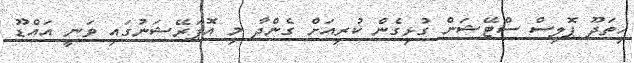
ހިތަދޫ ޕޮލިސް ސްޓޭޝަން ގުޅިގެން ކުރިއަށް ގެންދާ މި އޮޕަރޭޝަނުގައި ވަނީ އައްޑޫ